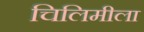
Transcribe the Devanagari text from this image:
चिलिमीला